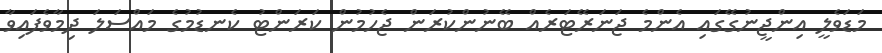
މަޑަވެލީ އިންޖީނުގޭގައި އެންމެ ޖަނަރޭޓަރެއް ބޭނުންކުރަން ޖެހުމުން ކަރަންޓު ކެނޑުމުގެ މައްސަލަ ދިމާވެފައިވާ